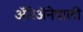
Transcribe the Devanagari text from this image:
ॲरिॲनेपाली